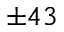
\pm 4 3